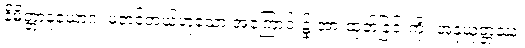
နိမိတ္တာနုယောဂံ၊ မတင့်တယ်ဟူသော အကြောင်း၌ အားထုတ်ခြင်းကို။ အနုယုတ္တဿ၊